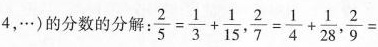
4，…)的分数的分解 $$\frac {2}{5} = \frac { 1 } { 3 } + \frac { 1 } { 1 5 }$$ ，$$ \frac { 2 } { 7 } = \frac{ 1 } { 4 } + \frac { 1 } { 2 8 }$$， $$\frac { 2 } { 9 } =